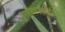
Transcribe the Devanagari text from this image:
पुण्यश्रवणकीर्तनः।।